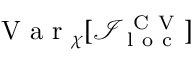
\mathrm { ~ V ~ a ~ r ~ } _ { \chi } [ \mathcal { I } _ { \mathrm { ~ l ~ o ~ c ~ } } ^ { \mathrm { ~ C ~ V ~ } } ]